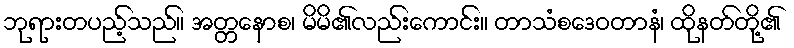
ဘုရားတပည့်သည်။ အတ္တနောစ၊ မိမိ၏လည်းကောင်း။ တာသံစဒေဝတာနံ၊ ထိုနတ်တို့၏